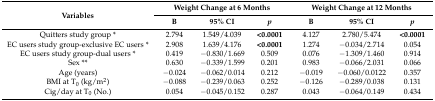
| <ROWSPAN=2> Variables | <COLSPAN=3> Weight Change at 6 Months | <COLSPAN=3> Weight Change at 12 Months |
 | B | 95% CI | p | B | 95% CI | p |
 | --- | --- | --- | --- | --- | --- | --- |
 | Quitters study group * | 2.794 | 1.549/4.039 | <0.0001 | 4.127 | 2.780/5.474 | <0.0001 |
 | EC users study group-exclusive EC users * | 2.908 | 1.639/4.176 | <0.0001 | 1.274 | −0.034/2.714 | 0.054 |
 | EC users study group-dual users * | 0.419 | −0.830/1.669 | 0.509 | 0.076 | −1.309/1.460 | 0.914 |
 | Sex ** | 0.630 | −0.339/1.599 | 0.201 | 0.983 | −0.066/2.031 | 0.066 |
 | Age (years) | −0.024 | −0.062/0.014 | 0.212 | −0.019 | −0.060/0.0122 | 0.357 |
 | BMI at T0 (kg/m2) | −0.088 | −0.239/0.063 | 0.252 | −0.126 | −0.289/0.038 | 0.131 |
 | Cig/day at T0 (No.) | 0.054 | −0.045/0.152 | 0.287 | 0.043 | −0.064/0.149 | 0.434 |